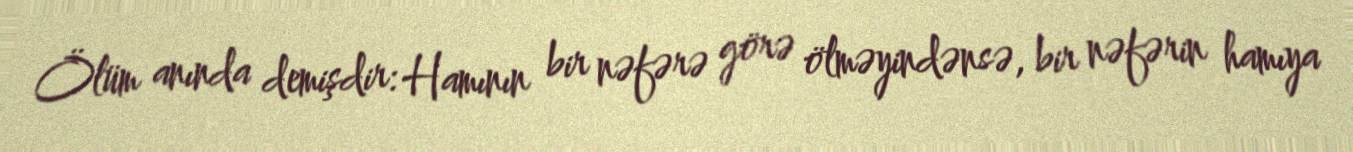
Ölüm anında demişdir: Hamının bir nəfərə görə ölməyindənsə, bir nəfərin hamıya